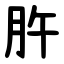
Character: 㬳